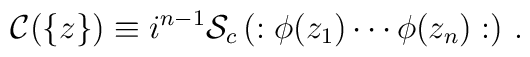
{\cal C} (\{ z \}) \equiv i^{ n - 1} {\cal S}_c \left( : \phi (z_1) \cdots \phi (z_n) : \right) \, .